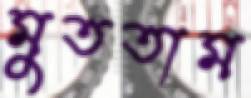
মুততাম